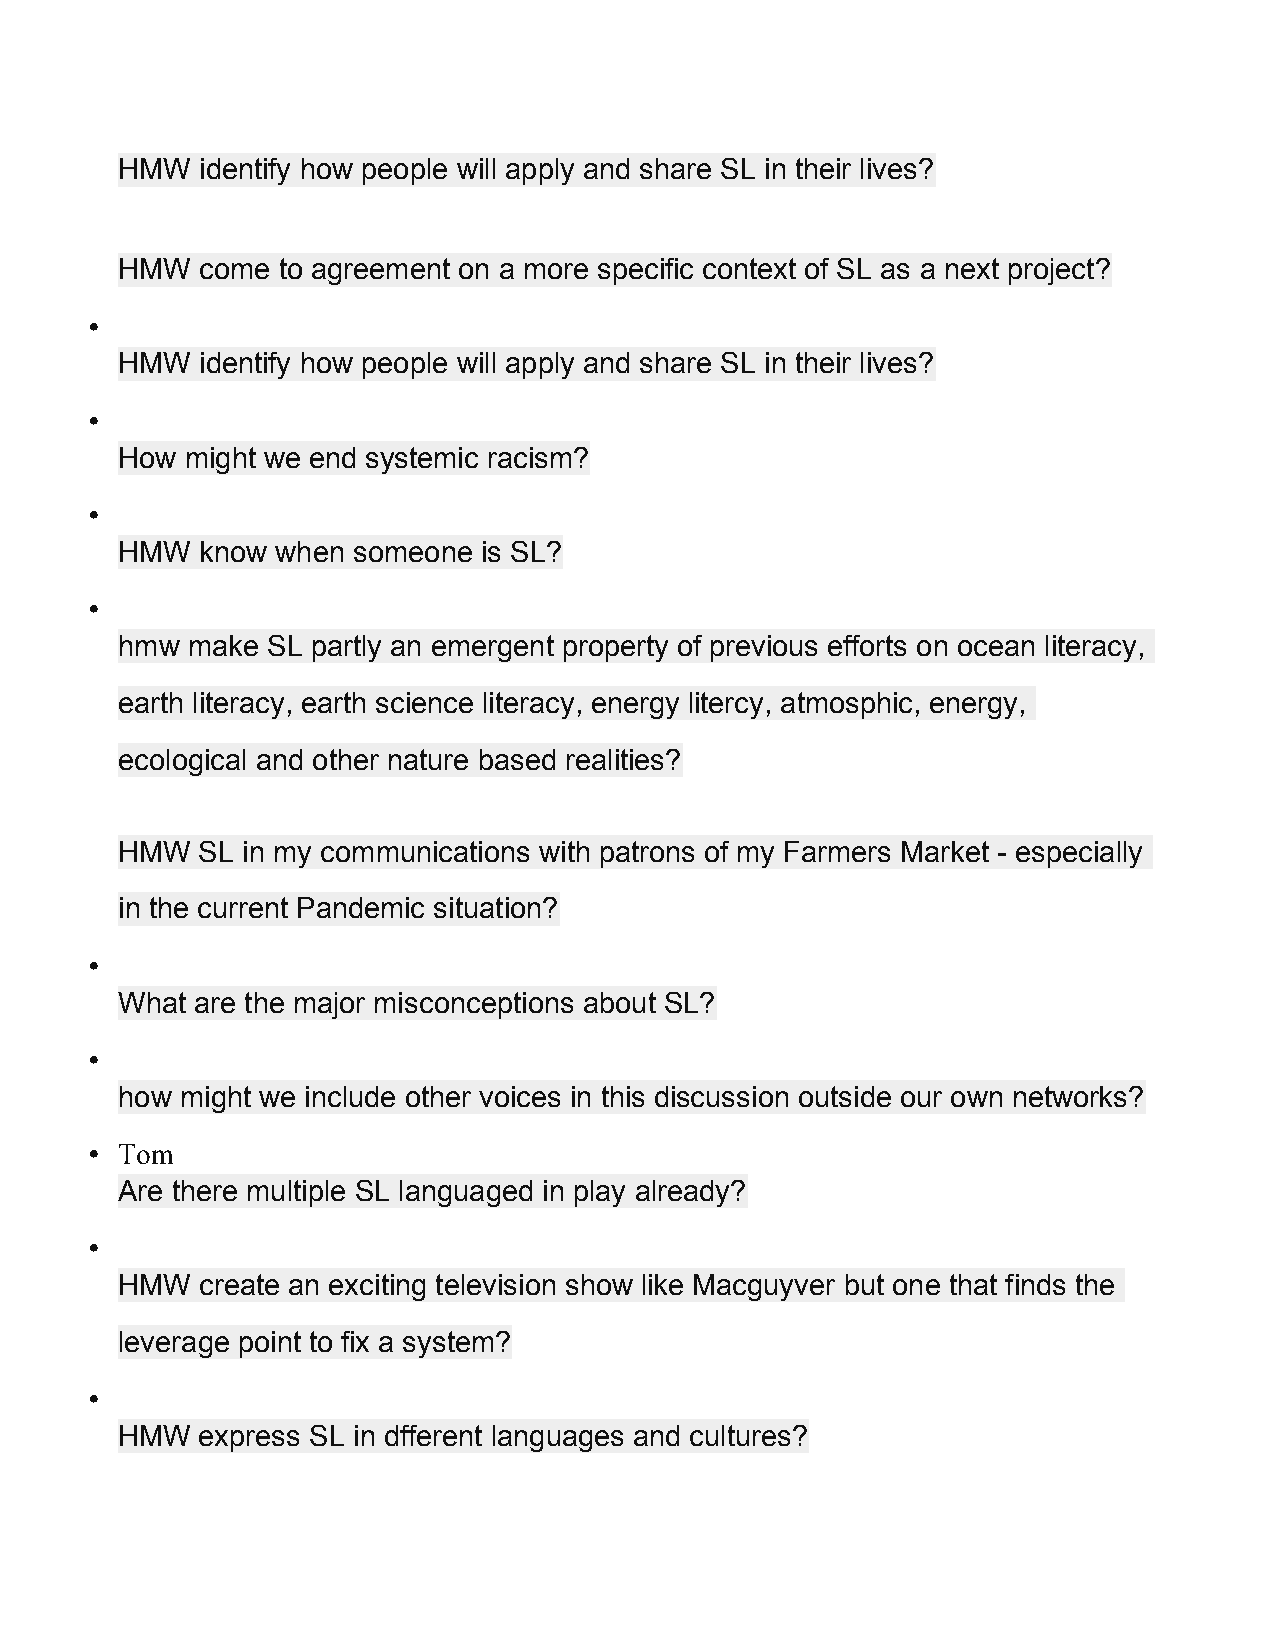
HMW  identify how people will apply and share SL in their lives?
 HMW  come to agreement on a more specific context of SL as a next project?
 •
 HMW  identify how people will apply and share SL in their lives?
 •
 How might we end systemic racism?
 •
 HMW  know when someone  is SL?
 •
 hmw make  SL partly an emergent property of previous efforts on ocean literacy,
 earth literacy, earth science literacy, energy litercy, atmosphic, energy,
 ecological and other nature based realities?
 HMW  SL in my communications with patrons of my Farmers Market - especially
 in the current Pandemic situation?
 •
 What are the major misconceptions about SL?
 •
 how might we include other voices in this discussion outside our own networks?
 • Tom
 Are there multiple SL languaged in play already?
 •
 HMW  create an exciting television show like Macguyver but one that finds the
 leverage point to fix a system?
 •
 HMW  express SL in dfferent languages and cultures?